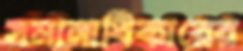
সমানাধিকারের